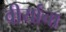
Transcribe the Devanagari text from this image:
वीर्याचा